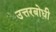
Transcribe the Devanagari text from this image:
उत्तरबोधी